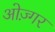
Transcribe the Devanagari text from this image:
ओज़्गर